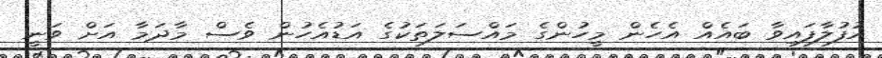
އުފުލާފައިވާ ބައެއް އެހެން މީހުންގެ މައްސަލަތަކުގެ އަޑުއެހުން ވެސް މާދަމާ އަށް ވަނީ